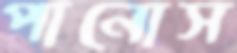
পানোস